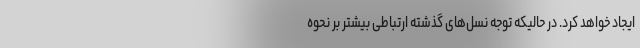
ایجاد خواهد کرد. در حالیکه توجه نسل‌های گذشته ارتباطی بیشتر بر نحوه